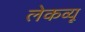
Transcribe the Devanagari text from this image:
लेकव्यू